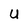
Character: U